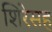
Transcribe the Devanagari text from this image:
शिरेसह